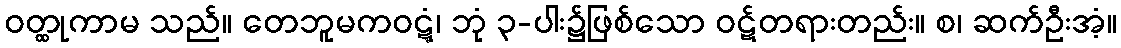
ဝတ္ထုကာမ သည်။ တေဘူမကဝဋ္ဋံ၊ ဘုံ ၃-ပါး၌ဖြစ်သော ဝဋ်တရားတည်း။ စ၊ ဆက်ဦးအံ့။